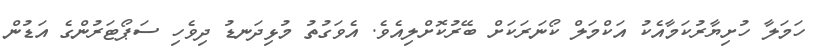
ހަމަލާ ހުށިޔާރުކަމާއެކު އަކްމަލް ކޯނަރަކަށް ބޭރުކޮށްލިއެވެ. އެވަގުތު މުޅިދަނޑު ދިވެހި ސަޕޯޓަރުންގެ އަޑުން